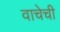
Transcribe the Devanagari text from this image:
वाचेची